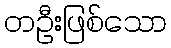
တဦးဖြစ်သော